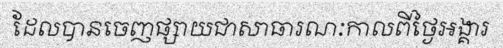
ដែលបានចេញផ្សាយជាសាធារណៈកាលពីថ្ងៃអង្គារ